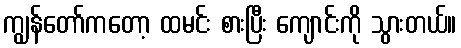
ကျွန်တော်ကတော့ ထမင်း စားပြီး ကျောင်းကို သွားတယ်။